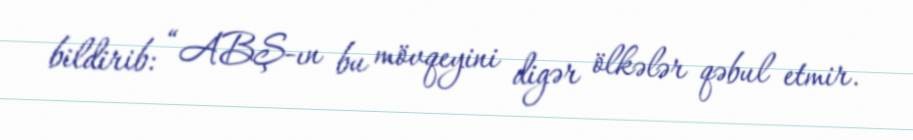
bildirib: “ABŞ-ın bu mövqeyini digər ölkələr qəbul etmir.